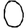
Digit: 0